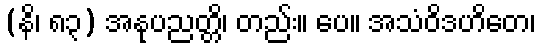
(နိ၊ ၈၃) အနုပညတ္တိ၊ တည်း။ ပေ။ အသံဝိဒဟိတေ၊